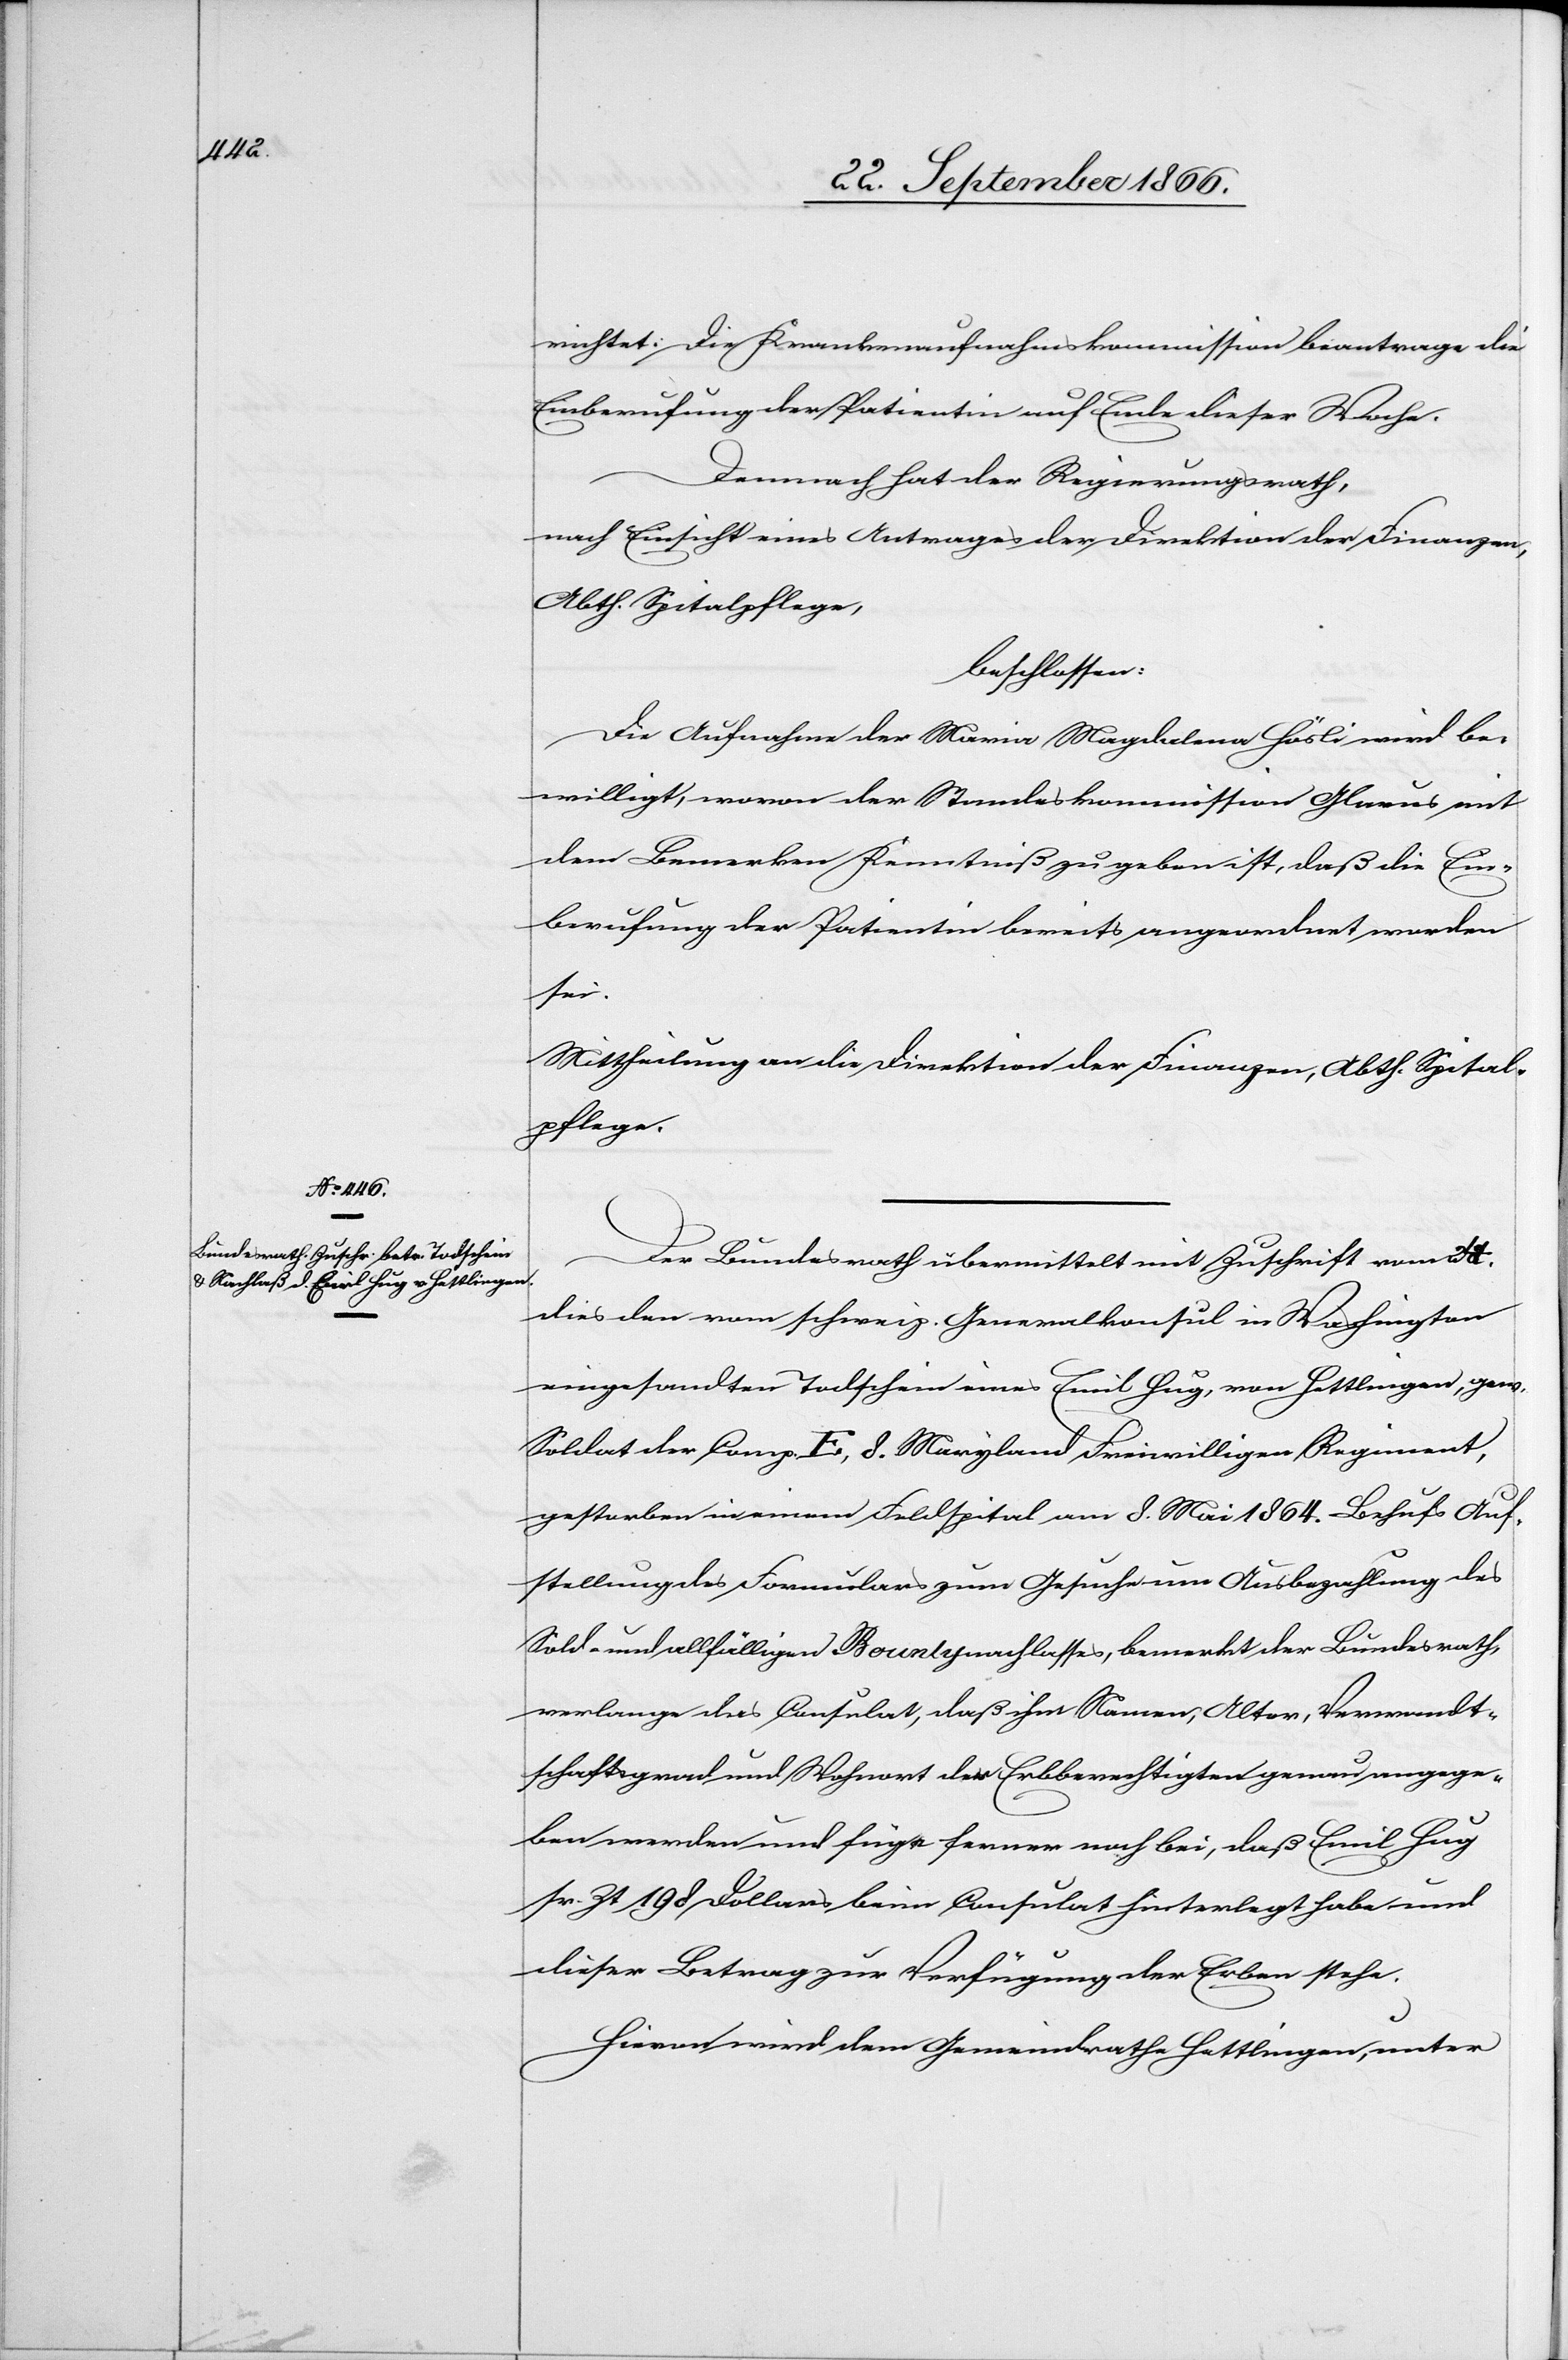
richtet: Die Krankenaufnahmskommission beantrage die
Einberufung der Patientin auf Ende dieser Woche.
Demnach hat der Regierungsrath,
nach Einsicht eines Antrages der Direktion der Finanzen,
Abth. Spitalpflege,
beschlossen:
Die Aufnahme der Maria Magdalena Häsli wird be¬
willigt, wovon der Standeskommission Glarus mit
dem Bemerken Kenntniß zu geben ist, daß die Ein¬
berufung der Patientin bereits angeordnet worden
sei.
Mittheilung an die Direktion der Finanzen, Abth. Spital¬
pflege.
Bundesrath übermittelt mit Zuschrift vom 24.
dies den vom schweiz. Generalkonsul in Washington
eingesandten Todschein eines Emil Hug, von Hettlingen, gew.
Soldat der Comp. E, 8. Maryland Freiwilligen Regiment,
gestorben in einem Feldspital am 8. Mai 1864. Behufs Auf¬
stellung des Formulares zum Gesuche um Ausbezahlung des
Sold- und allfälligen Bountynachlasses, bemerkt der Bundesrath,
verlange das Consulat, daß ihm Namen, Alter, Verwandt¬
schaftsgrad und Wohnort der Erbberechtigten genau angege¬
ben werden und füge ferner noch bei, daß Emil Hug
sr. Zt. 198 Dollars beim Consulat hinterlegt habe und
dieser Betrag zur Verfügung der Erben stehe.
Hievon wird dem Gemeindrath Hettlingen, unter